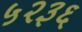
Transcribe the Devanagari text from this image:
५२३६